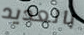
بالعديد